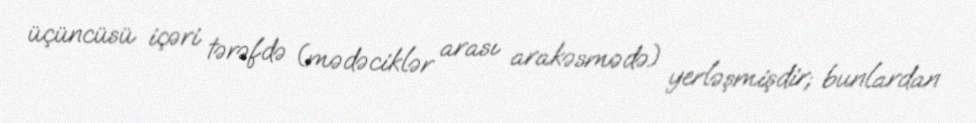
üçüncüsü içəri tərəfdə (mədəciklər arası arakəsmədə) yerləşmişdir; bunlardan